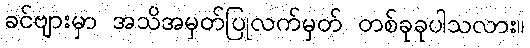
ခင်ဗျားမှာ အသိအမှတ်ပြုလက်မှတ် တစ်ခုခုပါသလား။